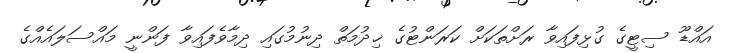
އައްޑޫ ސިޓީގެ ގުޅިފައިވާ ރަށްތަކަށް ކަރަންޓުގެ ޚިދުމަތް ދިނުމުގައި ދިމާވެފައިވާ ފަންނީ މައްސަލައެއްގެ